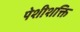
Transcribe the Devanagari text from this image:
पेशीशक्ति